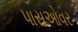
પાસઓવર